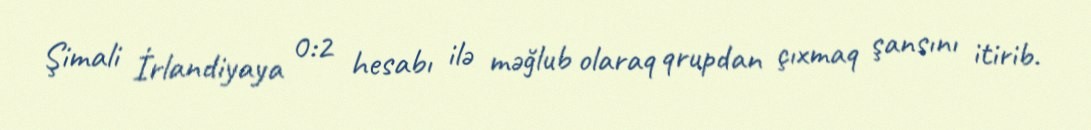
Şimali İrlandiyaya 0:2 hesabı ilə məğlub olaraq qrupdan çıxmaq şansını itirib.